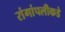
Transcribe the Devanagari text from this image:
रांगांपलीकडे